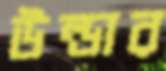
উল্ডার